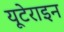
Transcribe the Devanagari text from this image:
यूटेराइन